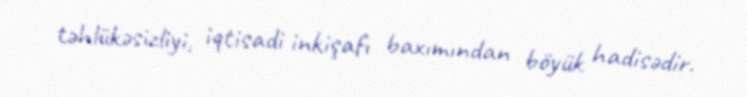
təhlükəsizliyi, iqtisadi inkişafı baxımından böyük hadisədir.